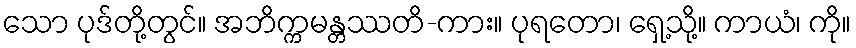
သော ပုဒ်တို့တွင်။ အဘိက္ကမန္တဿတိ-ကား။ ပုရတော၊ ရှေ့သို့။ ကာယံ၊ ကို။